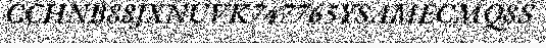
CCHNB88JXNUVK747765YSAMECMQ8S